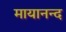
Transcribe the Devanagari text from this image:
मायानन्द